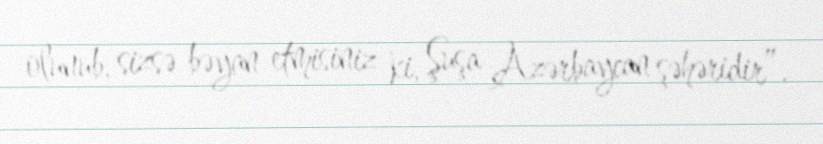
olunub, sizsə bəyan etmisiniz ki, Şuşa Azərbaycan şəhəridir”.